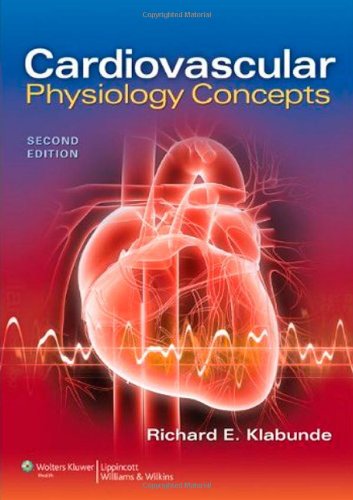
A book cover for Cardiovascular Physiology Concepts; Richard E Klabunde PhD; Medical Books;